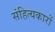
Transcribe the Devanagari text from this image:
संहित्यकारों